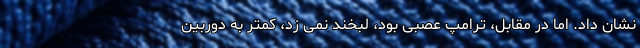
نشان داد. اما در مقابل، ترامپ عصبی بود، لبخند نمی زد، کمتر به دوربین